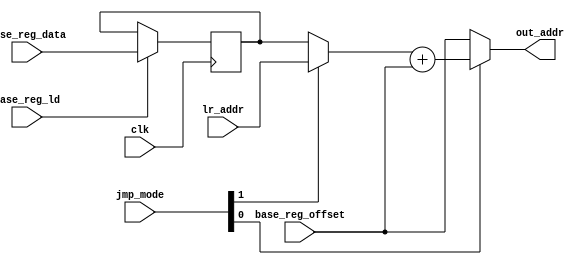
`timescale 1ns/100ps

module jmp #(
    parameter WIDTH = 8
)(
    clk,
    jmp_mode, // 00 - absolute and CALL, 01 - relative to base address register, 11 - RET
    base_reg_data,
    base_reg_ld,
    base_reg_offset,
    lr_addr,
    out_addr
);

input clk;
input [1:0] jmp_mode;
input [WIDTH-1:0] base_reg_offset;
input base_reg_ld;
input [WIDTH-1:0] base_reg_data;
input [WIDTH-1:0] lr_addr;
output [WIDTH-1:0] out_addr;

reg [WIDTH-1:0] BASE_ADDR = {WIDTH{1'b0}};

always @(posedge clk) begin
    if(base_reg_ld)
	    BASE_ADDR <= base_reg_data;
    else
        BASE_ADDR <= BASE_ADDR;
end

assign out_addr = (jmp_mode[0] ? ((jmp_mode[1] ? lr_addr : BASE_ADDR) + base_reg_offset) : base_reg_offset); 

endmodule